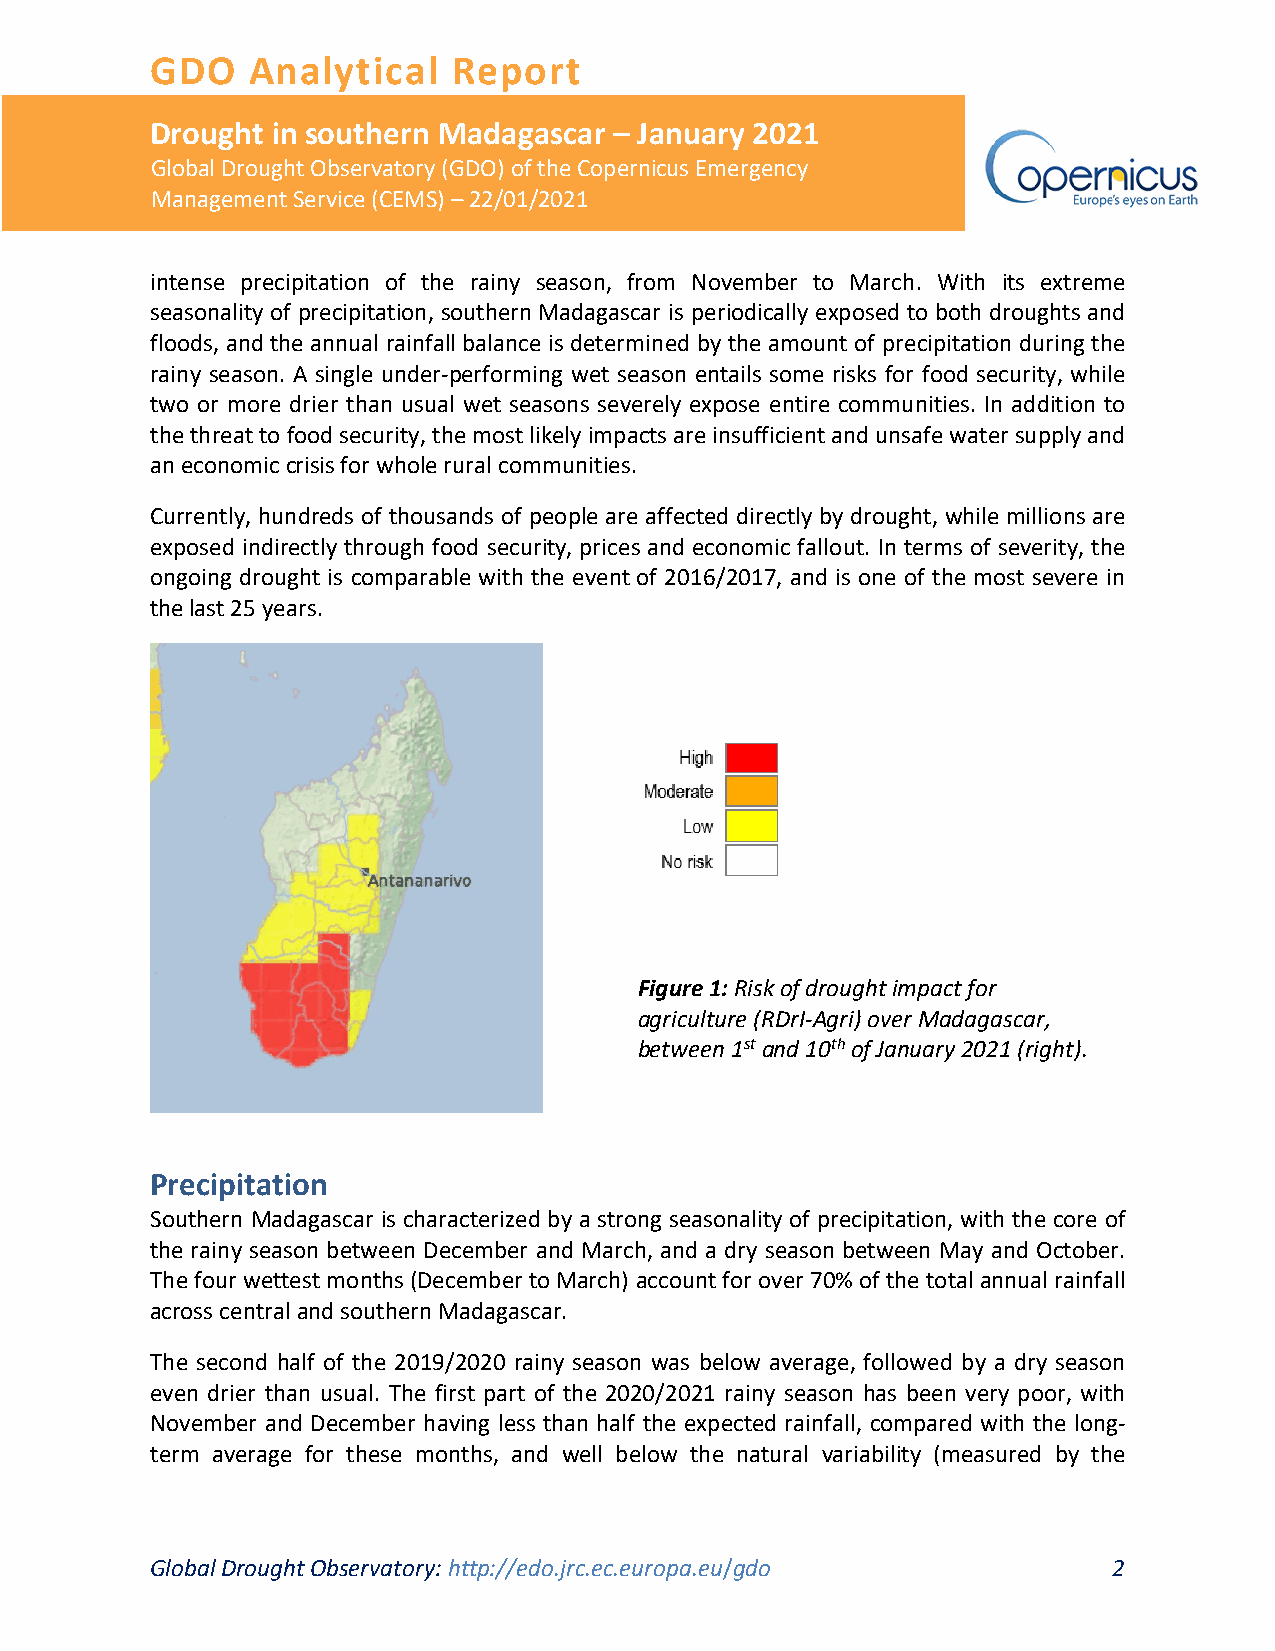
GDO   Analytical    Report
 Drought in southern Madagascar – January 2021
 Global Drought Observatory (GDO) of the Copernicus Emergency
 Management Service (CEMS) – 22/01/2021
 intense precipitation of the rainy season, from November to March. With its extreme
 seasonality of precipitation, southern Madagascar is periodically exposed to both droughts and
 floods, and the annual rainfall balance is determined by the amount of precipitation during the
 rainy season. A single under-performing wet season entails some risks for food security, while
 two or more drier than usual wet seasons severely expose entire communities. In addition to
 the threat to food security, the most likely impacts are insufficient and unsafe water supply and
 an economic crisis for whole rural communities.
 Currently, hundreds of thousands of people are affected directly by drought, while millions are
 exposed indirectly through food security, prices and economic fallout. In terms of severity, the
 ongoing drought is comparable with the event of 2016/2017, and is one of the most severe in
 the last 25 years.
 Figure 1: Risk of drought impact for
 agriculture (RDrI-Agri) over Madagascar,
 between 1st and 10th of January 2021 (right).
 Precipitation
 Southern Madagascar is characterized by a strong seasonality of precipitation, with the core of
 the rainy season between December and March, and a dry season between May and October.
 The four wettest months (December to March) account for over 70% of the total annual rainfall
 across central and southern Madagascar.
 The second half of the 2019/2020 rainy season was below average, followed by a dry season
 even drier than usual. The first part of the 2020/2021 rainy season has been very poor, with
 November and December having less than half the expected rainfall, compared with the long-
 term average for these months, and well below the natural variability (measured by the
 Global Drought Observatory: http://edo.jrc.ec.europa.eu/gdo     2